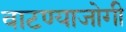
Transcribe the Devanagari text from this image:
वाटण्याजोगी